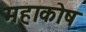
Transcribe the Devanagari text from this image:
महाकोष